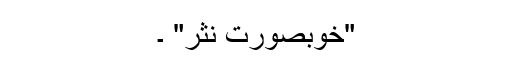
"خوبصورت نثر" ۔